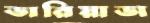
ভারিয়াভা